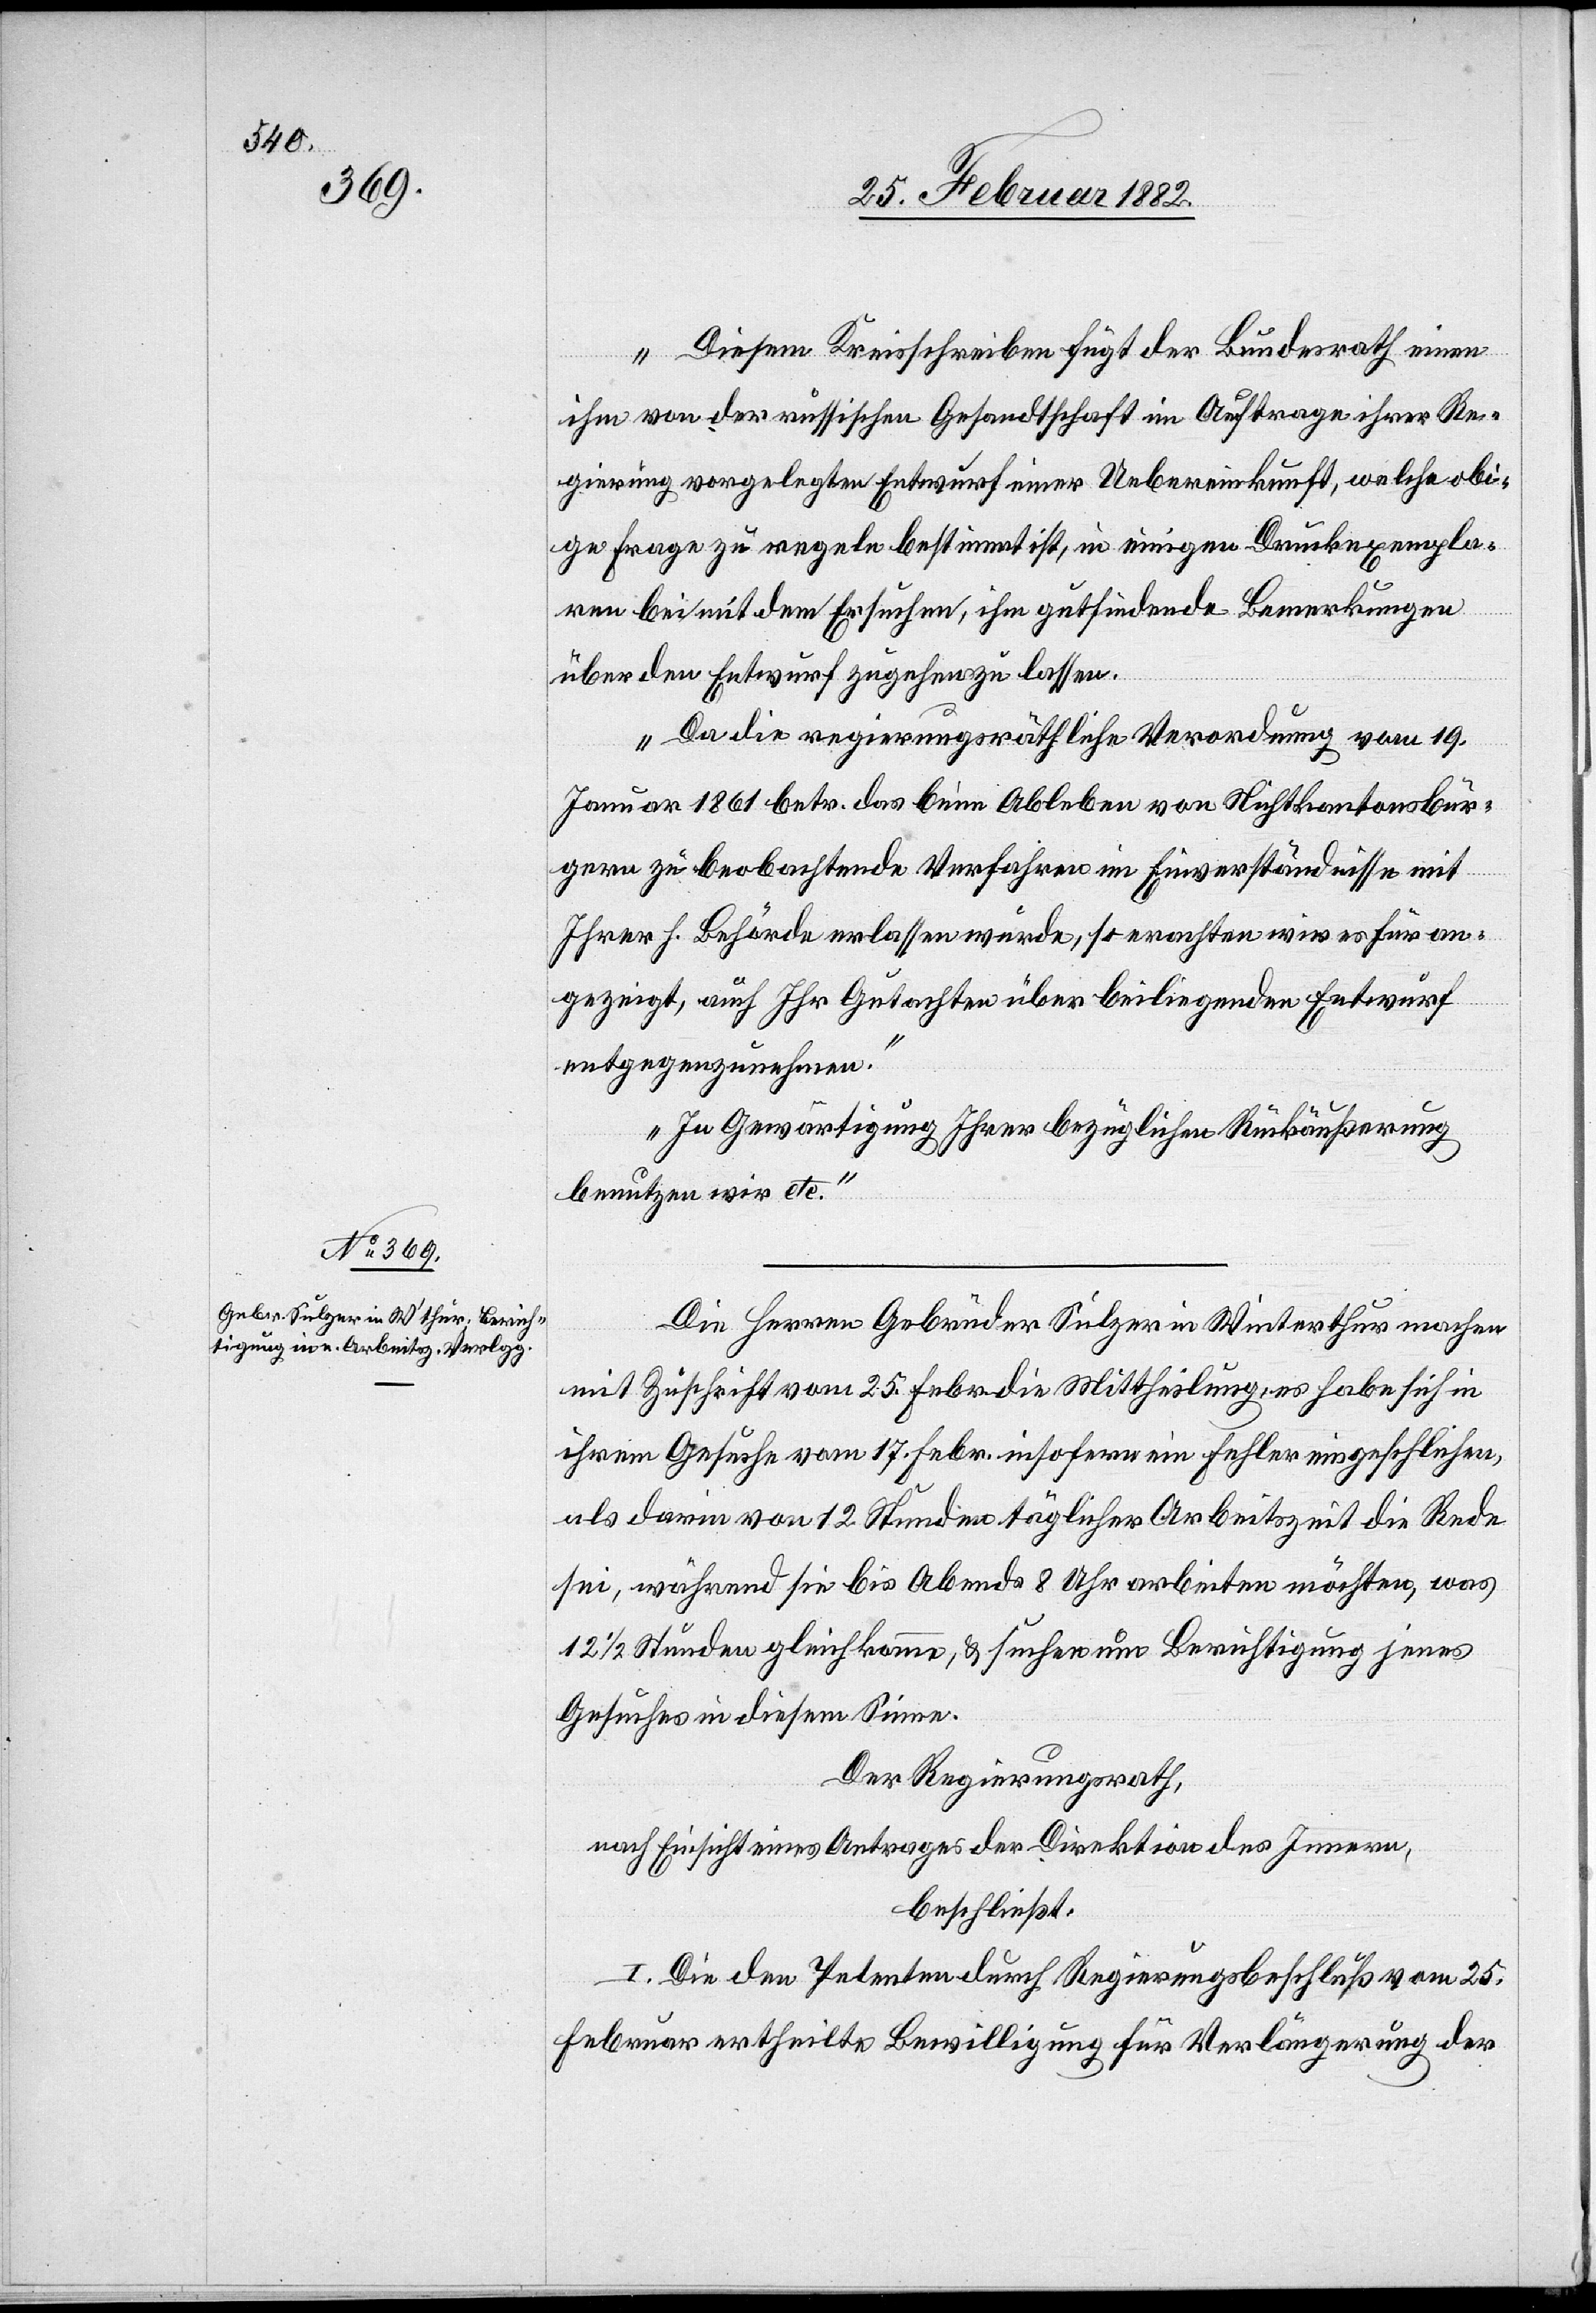
27. Februar 1882.]
Diesem Kreisschreiben fügt der Bundesrath einen
ihm von der russischen Gesandtschaft im Auftrage ihrer Re¬
gierung vorgelegten Entwurf einer Uebereinkunft, welche obi¬
ge Frage zu regeln bestimmt ist, in einigen Druckexempla¬
ren bei mit dem Ersuchen, ihm gutfindenden Bemerkungen
über den Entwurf zugehen zu lassen.
Da die regierungsräthliche Verordnung vom 19.
Januar 1861 betr. das beim Ableben von Nichtkantonsbür¬
gern zu beobachtenden Verfahren im Einverständnisse mit
Ihrer h. Behörde erlassen würde, so erachten wir es für an¬
gezeigt, auch Ihr Gutachten über beiliegenden Entwurf
entgegenzunehmen.
In Gegenwärtigung Ihrer bezüglichen Rückäußerung
benutzen wir etc.“
Die Herren Gebrüder Sulzer in Winterthur machen
mit Zuschrift vom 25. Febr. die Mittheilung es habe sich in
ihrem Gesuche vom 17. Febr. insofern ein Fehler eingeschlichen,
als darin von 12. Stunden täglicher Arbeitszeit die Rede
sei, während sie bis Abends 8 Uhr arbeiten möchten, was
121/2 Stunden gleichkomme, & suchen um Berichtigung jenes
Gesuches in diesem Sinne.
Der Regierungsrath,
nach Einsicht eines Antrages der Direktion des Innern,
beschließt:
I. Die den Petenten durch Regierungsbeschluß vom 25.
Februar ertheilte Bewilligung für Verlängerung der